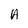
Character: A